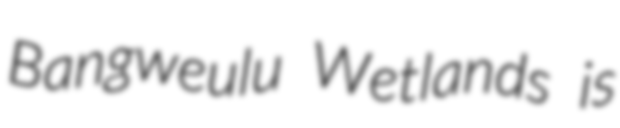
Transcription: Bangweulu Wetlands is